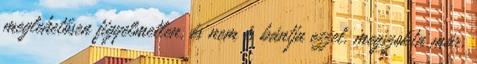
meglehetősen figyelmetlen, és nem is bántja ezzel, megszokta már,